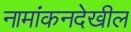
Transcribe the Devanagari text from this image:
नामांकनदेखील